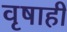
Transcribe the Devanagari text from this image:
वृषाही